Civil Veterinary Department Bihar & Orissa reports 1911-21 - 1911-1921
Year: 1911
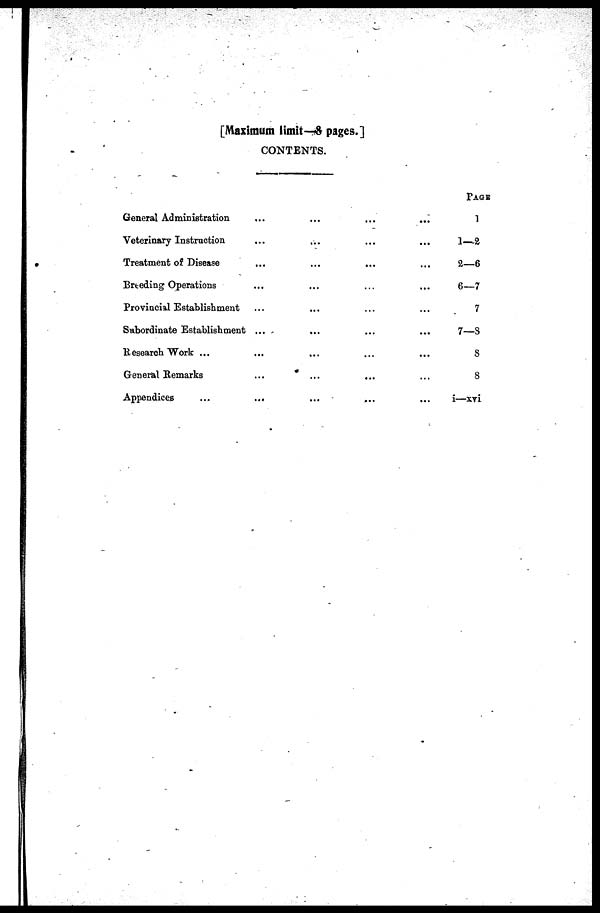
[Maximum limit —8 pages.]
CONTENTS.
General Administration ... ... ... ...
Veterinary Instruction ... ... ... ...
Treatment of Disease ... ... ... ...
Breeding Operations ... ... ... ...
Provincial Establishment ... ... ... ...
Subordinate Establishment ... ... ... ...
Research Work ... ... ... ...
General Remarks ... ... ... ...
Appendices ... ... ... ...
PAGE
1
1—2
2—6
6—7
7
7—8
8
8
i—xvi